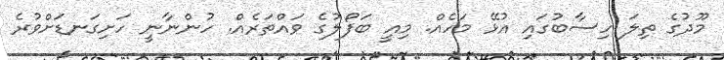
މޫދުގެ ތިލަ ހިސާބުގައި އުޅޭ މަހެއް. މިއީ ބަފޯލުގެ ވައްތަރެއް. ހުންނާނީ ހަށިގަނޑަށްވުރެ